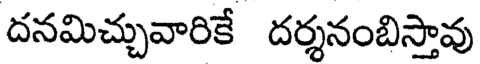
దనమిచ్చువారికే దర్శనంబిస్తావు